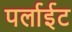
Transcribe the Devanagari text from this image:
पर्लाईट